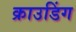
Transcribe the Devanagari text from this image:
क्राउडिंग